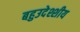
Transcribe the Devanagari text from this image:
बहुउदेश्शीय